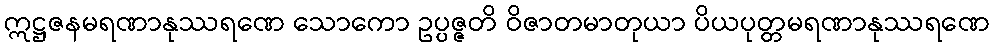
ဣဋ္ဌဇနမရဏာနုဿရဏေ သောကော ဥပ္ပဇ္ဇတိ ဝိဇာတမာတုယာ ပိယပုတ္တမရဏာနုဿရဏေ